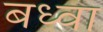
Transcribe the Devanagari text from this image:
बध्वा